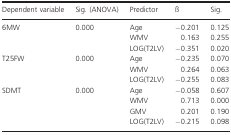
| Dependent variable | Sig. (ANOVA) | Predictor | ß | Sig. |
 | --- | --- | --- | --- | --- |
 | <ROWSPAN=3> 6MW | <ROWSPAN=3> 0.000 | Age | −0.201 | 0.125 |
 | WMV | 0.163 | 0.255 |
 | LOG(T2LV) | −0.351 | 0.020 |
 | <ROWSPAN=3> T25FW | <ROWSPAN=3> 0.000 | Age | −0.235 | 0.070 |
 | WMV | 0.264 | 0.063 |
 | LOG(T2LV) | −0.255 | 0.083 |
 | <ROWSPAN=4> SDMT | <ROWSPAN=4> 0.000 | Age | −0.058 | 0.607 |
 | WMV | 0.713 | 0.000 |
 | GMV | 0.201 | 0.190 |
 | LOG(T2LV) | −0.215 | 0.098 |